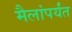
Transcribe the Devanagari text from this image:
मैलांपर्यंत